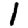
Digit: 1